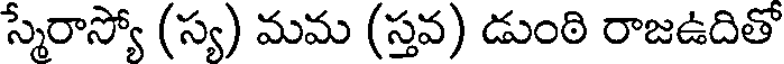
స్మేరాస్యో (స్య) మమ (స్తవ) డుంఠి రాజఉదితో